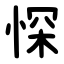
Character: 㤾